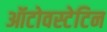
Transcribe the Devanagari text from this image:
ऑटोवस्टेटिन